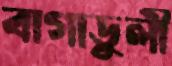
বাগাডুলী